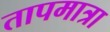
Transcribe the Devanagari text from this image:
तापमात्रा